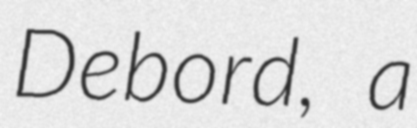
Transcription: Debord, a